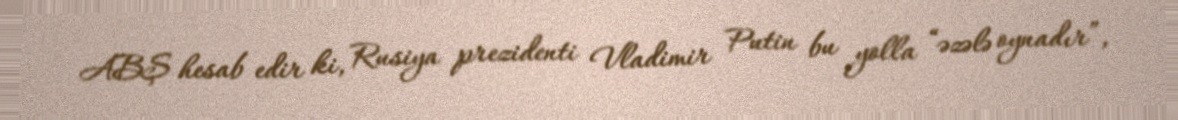
ABŞ hesab edir ki, Rusiya prezidenti Vladimir Putin bu yolla “əzələ oynadır”,